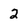
Character: 2